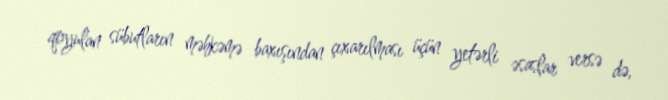
qoyulan sübutların məhkəmə baxışından çıxarılması üçün yetərli əsaslar versə də,